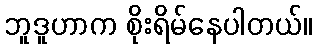
ဘူဒူဟာက စိုးရိမ်နေပါတယ်။